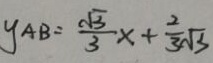
y _ { A B } = \frac { \sqrt { 3 } } { 3 } x + \frac { 2 } { 3 } \sqrt { 3 }